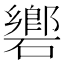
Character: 𥖡